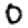
Digit: 0